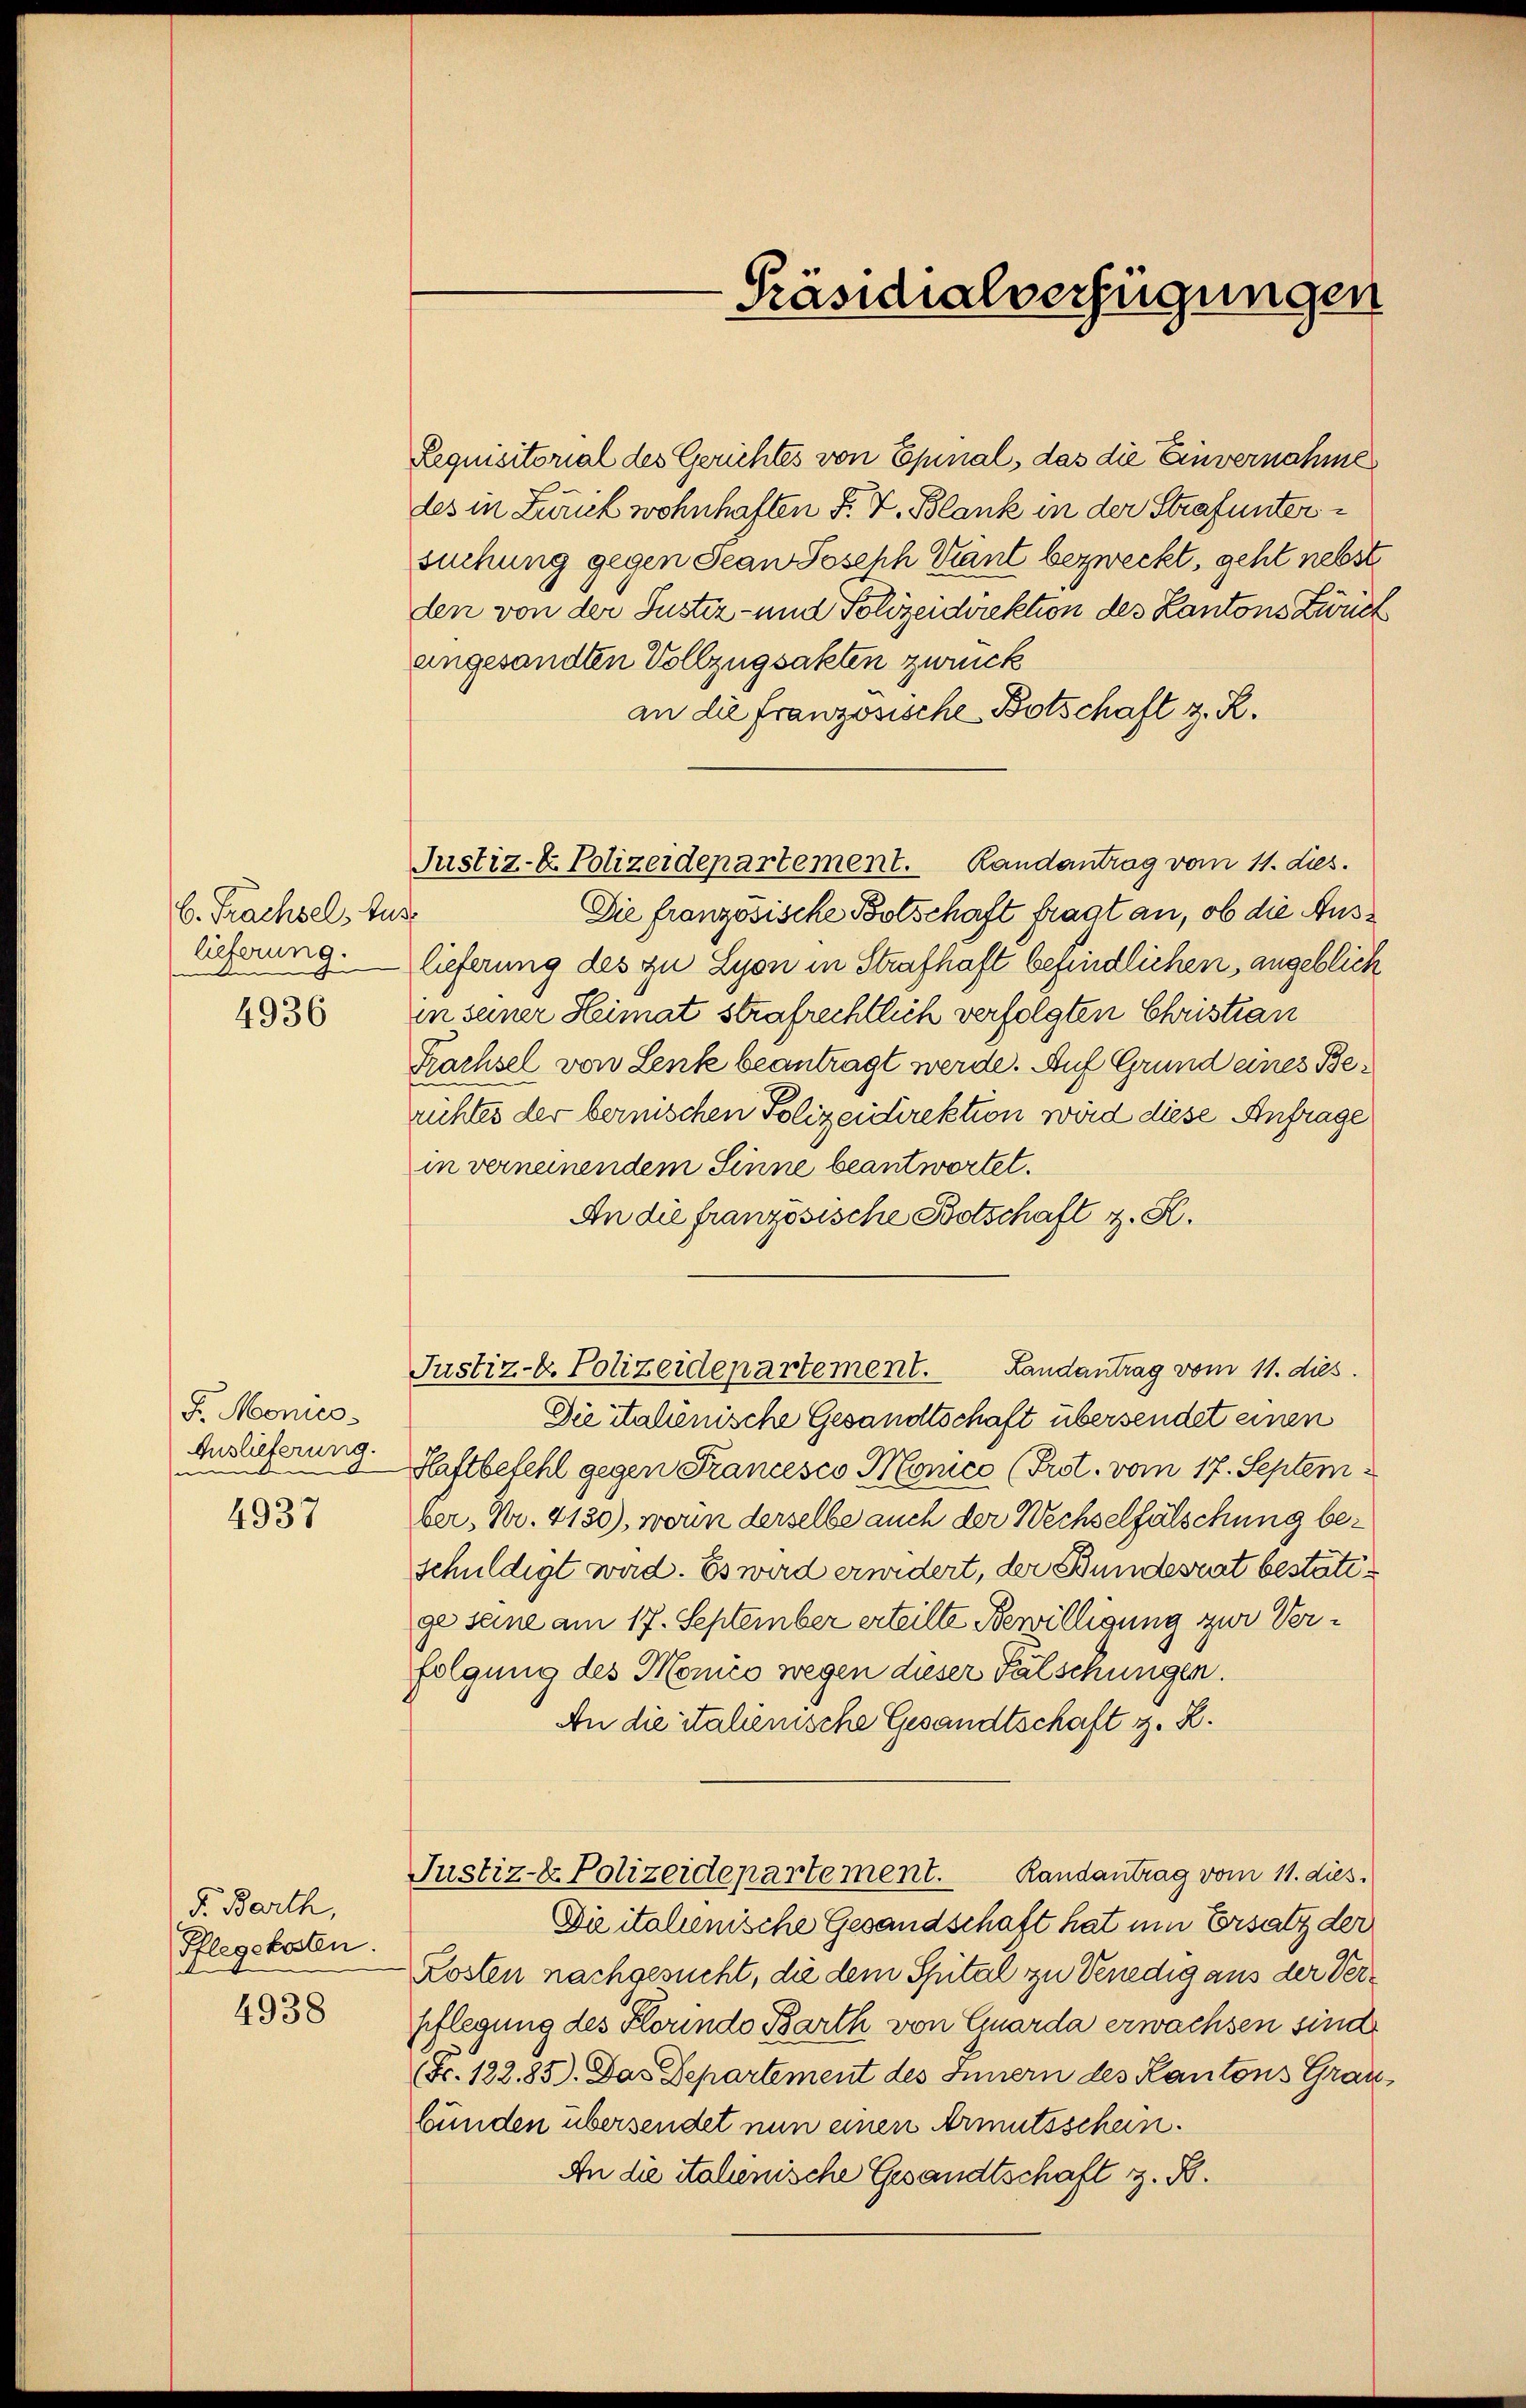
C. Trachsel, Auss
lieferung.
A
4936

F. Monies
Auslieferung.
e
4937

F. Barth,
Pflegekosten.
d
4938

Requisitorial des Gerichtes von Epinal, das die Einvernahme
des in Zurück wohnhaften F. V. Blank in der Strafuntersuchung gegen Jean Joseph Kant bezweckt, geht nebst
den von der Justiz- und Polizeidirektion des Kantons Zweck
angesandten Vollzugsakten zweck
an die französische Botschaft z. R.
Justiz- & Polizeidepartement. Randantrag vom 11. dies.
Die französische Bolschaft fragt an, ob die Auslieferung des zu Lyon in Strafhaft befindlichen, angeblich
in seiner Heimat strafrechtlich verfolgten Christian
Trachsel von Lenk beantragt werde. Auf Grund eines Berichtes der bernischen Polizeidirektion wird diese Anfrage
in verneinendem Sinne beantwortet.
An die französische Botschaft z. B.
Justiz-C. Polizeidepartement. Landantrag vom 11. dies
Die italienische Gesandtschaft übersendet einen
Haftbefehl gegen Francesco Monico (Prot. vom 17. September, Nr. 4130), wenn derselbe auch der Wechselfälschung beschuldigt wird. Es wird erwidert, der Bundesrat bestattge seine am 17. September erteilte Bewilligung zur Verfolgung des Monico wegen dieser Falschungen.
An die italienische Gesandtschaft z. R.
Randantrag vom 11. dies
Justiz- Polizeidepartement.
Die italienische Gesandschaft hat um Ersatz der
Kosten nachgesucht, die dem Spital zu Venedig aus der Verpflegung des Korinde Barth von Carda erwachsen sind
(Fr. 122.85). Das Departement des Innern des Kantons Graz
bünden übersendet nun einen Armutsschein.
An die Stahenische Gesandtschaft z. B.

Präsidialverfügungen